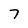
Character: 7